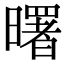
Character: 曙